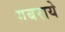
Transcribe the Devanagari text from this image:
गबराये